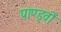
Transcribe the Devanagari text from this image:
पाण्ड्वों